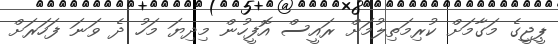
ޕީޖީގެ މަގާމަށް ކުރިމަތިލުމަށް ރައީސް އޮފީހުން މިދިޔަ މަހު ދެ ވަނަ ފަހަރަށް